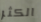
الكثر